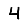
Digit: 4